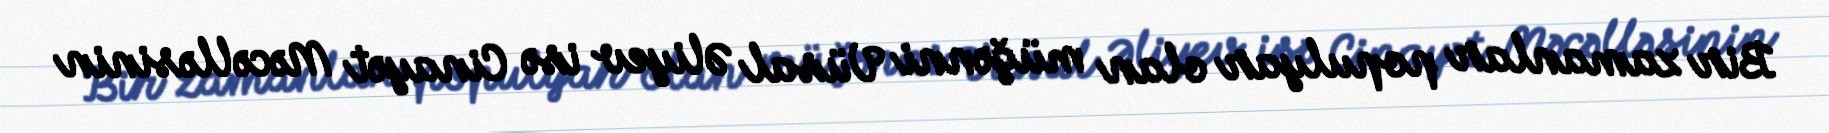
Bir zamanlar populyar olan müğənni Vüsal Əliyev isə Cinayət Məcəlləsinin